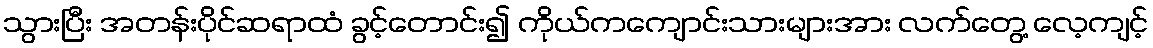
သွားပြီး အတန်းပိုင်ဆရာထံ ခွင့်တောင်း၍ ကိုယ်ကကျောင်းသားများအား လက်တွေ့ လေ့ကျင့်